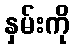
နှမ်းကို